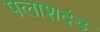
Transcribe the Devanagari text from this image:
पलाशदंड